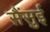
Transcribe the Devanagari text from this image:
सैंसुई